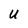
Character: U